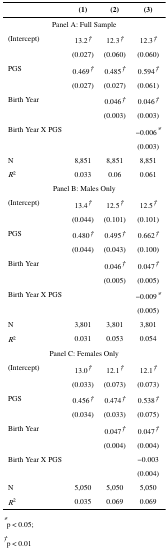
<table><thead><tr><td></td><td><b>(1)</b></td><td><b>(2)</b></td><td><b>(3)</b></td></tr></thead><tbody><tr><td colspan="4">Panel A: Full Sample</td></tr><tr><td rowspan="2">(Intercept)</td><td>13.2†</td><td>12.3†</td><td>12.3†</td></tr><tr><td>(0.027)</td><td>(0.060)</td><td>(0.060)</td></tr><tr><td rowspan="2">PGS</td><td>0.469†</td><td>0.485†</td><td>0.594†</td></tr><tr><td>(0.027)</td><td>(0.027)</td><td>(0.061)</td></tr><tr><td rowspan="2">Birth Year</td><td></td><td>0.046†</td><td>0.046†</td></tr><tr><td></td><td>(0.003)</td><td>(0.003)</td></tr><tr><td rowspan="2">Birth Year X PGS</td><td></td><td></td><td>−0.006*</td></tr><tr><td></td><td></td><td>(0.003)</td></tr><tr><td>N</td><td>8,851</td><td>8,851</td><td>8,851</td></tr><tr><td><i>R</i><sup>2</sup></td><td>0.033</td><td>0.06</td><td>0.061</td></tr><tr><td colspan="4">Panel B: Males Only</td></tr><tr><td rowspan="2">(Intercept)</td><td>13.4†</td><td>12.5†</td><td>12.5†</td></tr><tr><td>(0.044)</td><td>(0.101)</td><td>(0.101)</td></tr><tr><td rowspan="2">PGS</td><td>0.480†</td><td>0.495†</td><td>0.662†</td></tr><tr><td>(0.044)</td><td>(0.043)</td><td>(0.100)</td></tr><tr><td rowspan="2">Birth Year</td><td></td><td>0.046†</td><td>0.047†</td></tr><tr><td></td><td>(0.005)</td><td>(0.005)</td></tr><tr><td rowspan="2">Birth Year X PGS</td><td></td><td></td><td>−0.009*</td></tr><tr><td></td><td></td><td>(0.005)</td></tr><tr><td>N</td><td>3,801</td><td>3,801</td><td>3,801</td></tr><tr><td><i>R</i><sup>2</sup></td><td>0.031</td><td>0.053</td><td>0.054</td></tr><tr><td colspan="4">Panel C: Females Only</td></tr><tr><td rowspan="2">(Intercept)</td><td>13.0†</td><td>12.1†</td><td>12.1†</td></tr><tr><td>(0.033)</td><td>(0.073)</td><td>(0.073)</td></tr><tr><td rowspan="2">PGS</td><td>0.456†</td><td>0.474†</td><td>0.538†</td></tr><tr><td>(0.034)</td><td>(0.033)</td><td>(0.075)</td></tr><tr><td rowspan="2">Birth Year</td><td></td><td>0.047†</td><td>0.047†</td></tr><tr><td></td><td>(0.004)</td><td>(0.004)</td></tr><tr><td rowspan="2">Birth Year X PGS</td><td></td><td></td><td>−0.003</td></tr><tr><td></td><td></td><td>(0.004)</td></tr><tr><td>N</td><td>5,050</td><td>5,050</td><td>5,050</td></tr><tr><td><i>R</i><sup>2</sup></td><td>0.035</td><td>0.069</td><td>0.069</td></tr></tbody></table>